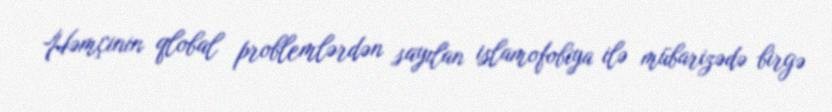
Həmçinin qlobal problemlərdən sayılan islamofobiya ilə mübarizədə birgə